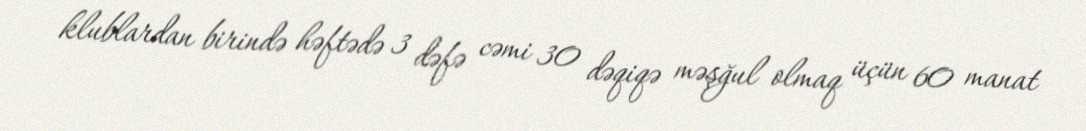
klublardan birində həftədə 3 dəfə cəmi 30 dəqiqə məşğul olmaq üçün 60 manat